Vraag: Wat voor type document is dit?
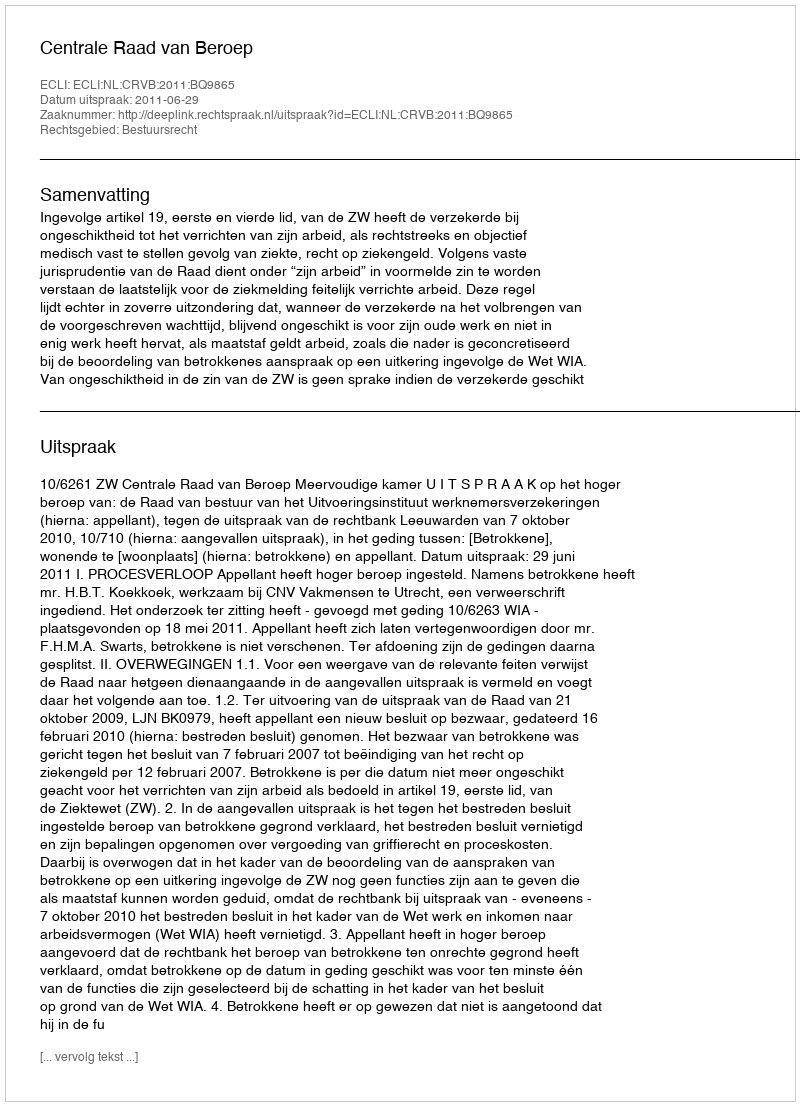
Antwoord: Uitspraak